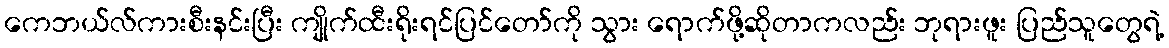
ကေဘယ်လ်ကားစီးနင်းပြီး ကျိုက်ထီးရိုးရင်ပြင်တော်ကို သွား ရောက်ဖို့ဆိုတာကလည်း ဘုရားဖူး ပြည်သူတွေရဲ့